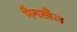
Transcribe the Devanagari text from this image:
मैनखैल